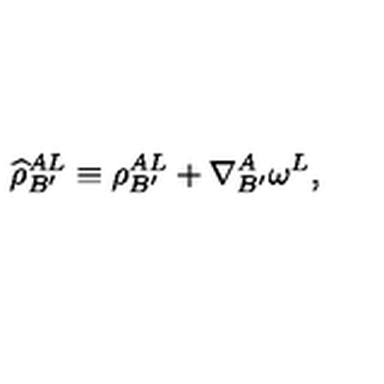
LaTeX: { \widehat \rho } _ { B ^ { \prime } } ^ { A L } \equiv \rho _ { B ^ { \prime } } ^ { A L } + \nabla _ { B ^ { \prime } } ^ { A } \omega ^ { L } ,